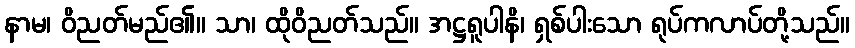
နာမ၊ ဝိညတ်မည်၏။ သာ၊ ထိုဝိညတ်သည်။ အဋ္ဌရူပါနိ၊ ရှစ်ပါးသော ရုပ်ကလာပ်တို့သည်။